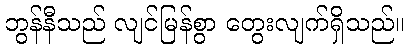
ဘွန်နီသည် လျင်မြန်စွာ တွေးလျက်ရှိသည်။